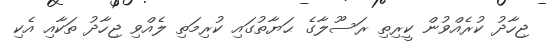
ޖިހާދު ކުރެއްވުން ކީރިތި ރަސޫލާގެ ޙަޔާތުގައި ކުރިމަތި ލެއްވި ޖިހާދު ތަކާއި އެކި